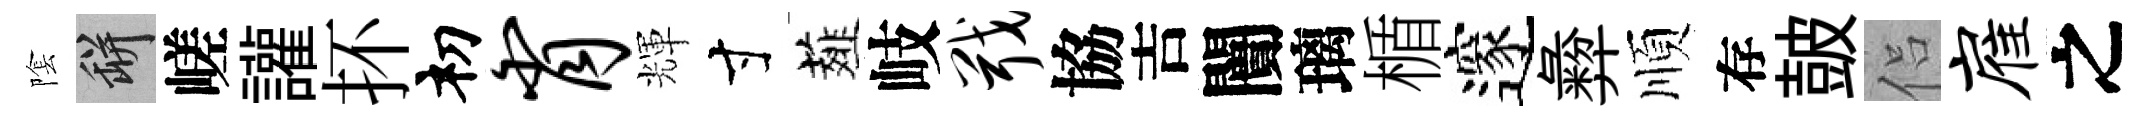
隂瓶嵯讙抔𥘉肖輝寸薤岐戢協吉闠璃楯邃彜順存皷侣雇之